Report on the administration of the Government Cinchona Department 1892-98
Year: 1892
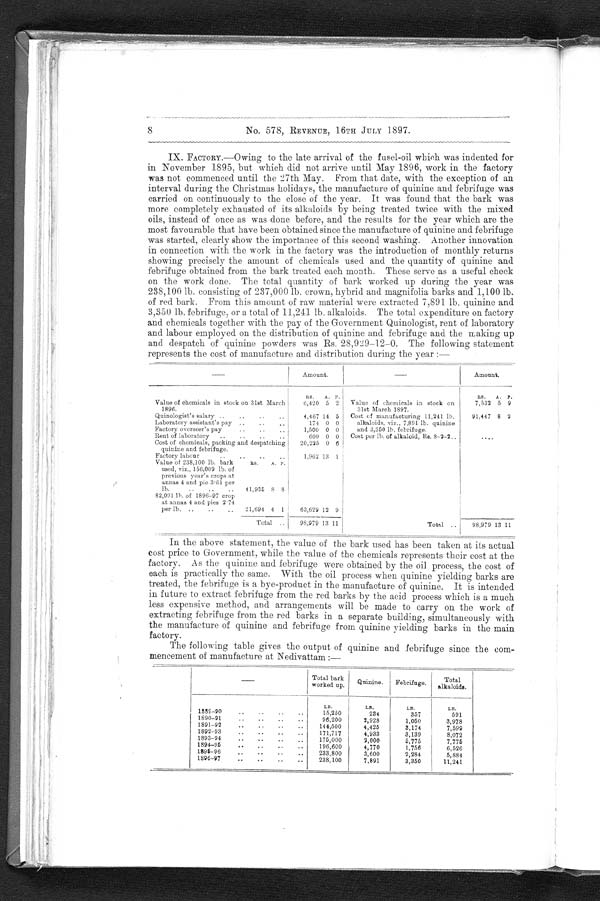
8
No. 578, REVENUE, 16TH JULY 1897.
IX. FACTORY.—Owing to the late arrival of the fusel-oil which was indented for
in November 1895, but which did not arrive until May 1896, work in the factory
was not commenced until the 27th May. From that date, with the exception of an
interval during the Christmas holidays, the manufacture of quinine and febrifuge was
carried on continuously to the close of the year. It was found that the bark was
more completely exhausted of its alkaloids by being treated twice with the mixed
oils, instead of once as was done before, and the results for the year which are the
most favourable that have been obtained since the manufacture of quinine and febrifuge
was started, clearly show the importance of this second washing. Another innovation
in connection with the work in the factory was the introduction of monthly returns
showing precisely the amount of chemicals used and the quantity of quinine and
febrifuge obtained from the bark treated each month. These serve as a useful check
on the work done. The total quantity of bark worked up during the year was
238,100 lb. consisting of 237,000 lb. crown, hybrid and magnifolia barks and 1,100 lb.
of red bark. From this amount of raw material were extracted 7,891 lb. quinine and
3,350 lb. febrifuge, or a total of 11,241 lb. alkaloids. The total expenditure on factory
and chemicals together with the pay of the Government Quinologist, rent of laboratory
and labour employed on the distribution of quinine and febrifuge and the making up
and despatch of quinine powders was Rs. 28,929–12–0. The following statement
represents the cost of manufacture and distribution during the year :—
—
Amount.
—
Amount.
R S .
A. P.
RS.
A. P.
Value of chemicals in stock on 31st March
1896.
6,420 5 2
Value of chemicals in stock on
31st March 1897.
7,532 5 9
Quinologist's salary ..
..
..
..
4,467 14 5
C o s t o f m a n u f a c t u r i n g 1 1 , 2 4 1 l b .
alkaloids, viz., 7,891 lb. quinine
and 3,350 lb. febrifuge.
91,447 8 2
Laboratory assistant's pay ..
.. ..
174 0 0
Factory overseer's pay
.... ..
1,500 0 0
Rent of laboratory
.
..
..
..
600 0 0
Cost per lb. of alkaloid, Rs. 8–2–2..
. . . .
Cost of chemicals, packing and despatching
quinine and. febrifuge.
20,225 0 6
Factory labour
..
..
..
1,962 13
1
Value of 238,100 lb. bark
Rs.
A. P.
used, viz., 156,009 lb. of
previous year's crops at
annas 4 and pie 3.61 per
lb.
..
..
..
41.935 8 8
82,091 lb. of 1896-97 crop
at annas 4 and pies 2.74
per lb. ..
..
..
21,694 4 1
63,629 12 9
Total ..
98,979 13 11
Total . .
98,979 13 11
In the above statement, the value of the bark used has been taken at its actual
cost price to Government, while the value of the chemicals represents their cost at the
factory . As the quinine and febrifuge were obtained by the oil process, the cost of
each is practically the same. With the oil process when quinine yielding barks are
treated, the febrifuge is a bye-product in the manufacture of quinine. It is intended
in future to extract febrifuge from the red barks by the acid process which is a much
less expensive method, and arrangements will be made to carry on the work of
extracting febrifuge from the red barks in a separate building, simultaneously with
the manufacture of quinine and febrifuge from quinine yielding barks in the main
factory.
The following table gives the output of quinine and febrifuge since the com-
mencement of manufacture at Nedivattam :—
—
Total bark
worked up.
Quinine.
Febrifuge.
Total
alkaloids.
1889–90
..
..
..
. .
LB.
15,250
LB.
234
LB.
357
LB.
591
1890–91
..
..
..
..
96,200
2,928
1,050
3,978
1891–92
..
..
..
..
144,500
4,425
3,174
7,599
1892–93
..
..
..
171,717
4,933
3,139
8,072
1893–94
..
..
..
..
175,000
2,000
5,775
7,775
1894–95
..
..
..
..
196,600
4,770
1,756
6,526
1895–96
..
..
..
..
233,800
3,600
2,284
5,884
1896–97
..
..
..
..
238,100
7,891
3,350
11,241